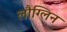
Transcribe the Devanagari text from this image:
लौग्लिन